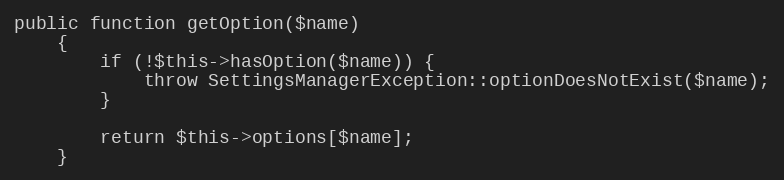
Language: PHP
public function getOption($name)
    {
        if (!$this->hasOption($name)) {
            throw SettingsManagerException::optionDoesNotExist($name);
        }

        return $this->options[$name];
    }